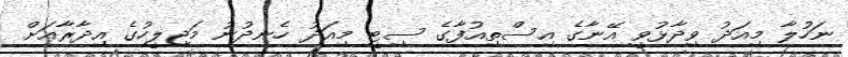
ނަހުލާ މިއަދު ވިދާޅުވީ އޭނާގެ އިސްތިއުފާގެ ސިޓީ މިއަދު ހެނދުނު މަޖިލީހުގެ އިދާރާއަށް